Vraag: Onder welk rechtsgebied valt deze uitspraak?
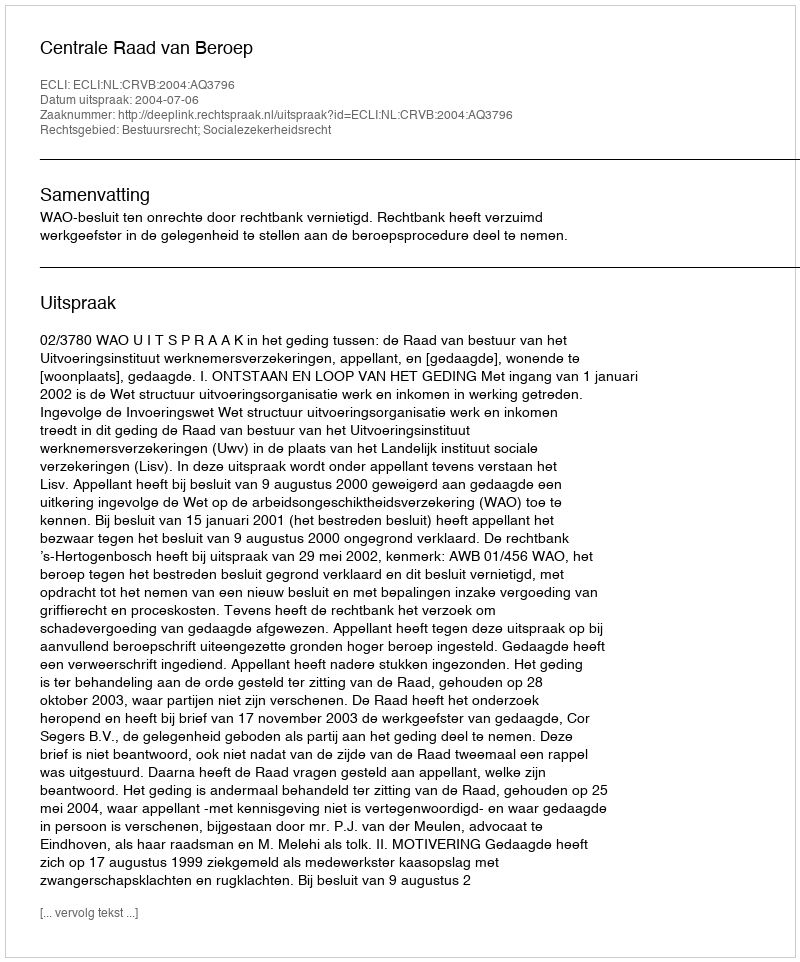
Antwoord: Bestuursrecht; Socialezekerheidsrecht